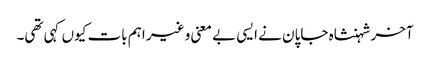
آخر شہنشاہ جاپان نے ایسی بے معنی و غیر اہم بات کیوں کہی تھی۔